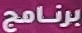
برنامج